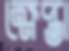
ক্ষেপ্তা